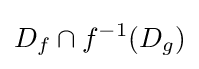
D_{f}\cap f^{-1}(D_{g})